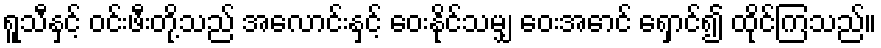
ရူသီနှင့် ဝင်းဖီးတို့သည် အလောင်းနှင့် ဝေးနိုင်သမျှ ဝေးအောင် ရှောင်၍ ထိုင်ကြသည်။